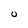
Character: U